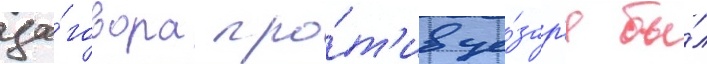
за́говора про́т'ив це́зар'я бы́л